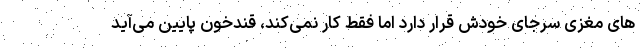
های مغزی سرجای خودش قرار دارد اما فقط کار نمی‌کند، قندخون پایین می‌آید